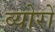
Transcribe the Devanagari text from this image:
व्योरों